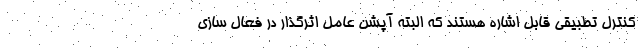
کنترل تطبیقی قابل اشاره هستند که البته آپشن عامل اثرگذار در فعال سازی